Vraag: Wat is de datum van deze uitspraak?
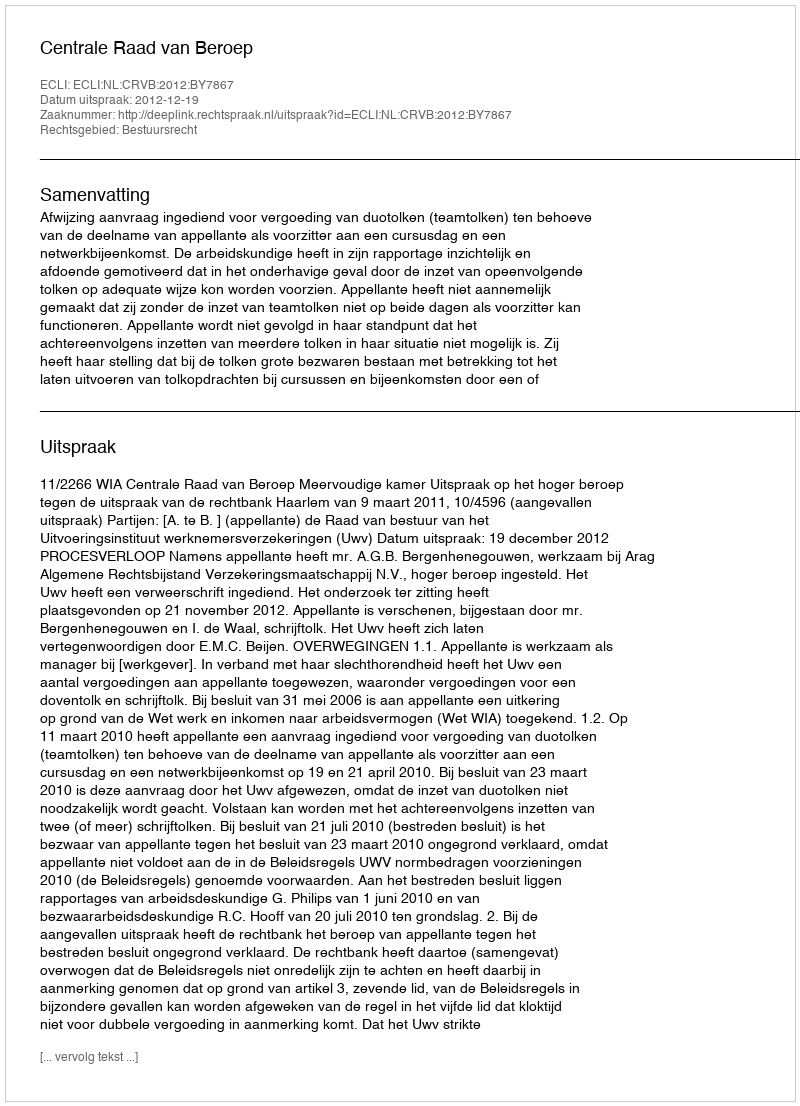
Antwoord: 2012-12-19